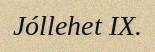
Jóllehet IX.